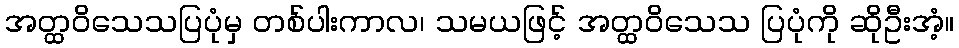
အတ္ထဝိသေသပြပုံမှ တစ်ပါးကာလ၊ သမယဖြင့် အတ္ထဝိသေသ ပြပုံကို ဆိုဦးအံ့။